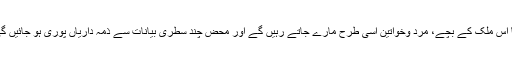
کیا اس ملک کے بچے، مرد وخواتین اسی طرح مارے جاتے رہیں گے اور محض چند سطری بیانات سے ذمہ داریاں پوری ہو جائیں گی؟